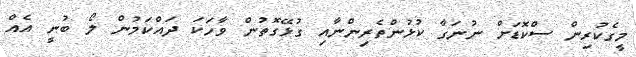
މީގެކުރިން ސްކޮޑަށް ނުނަގާ ކުޅުންތެރިންނާއި ގުޅޭގޮތުން ވާހަކަ ދައްކަމުން ލޯ ބުނީ އެއް